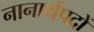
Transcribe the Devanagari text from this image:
नानार्थपदों